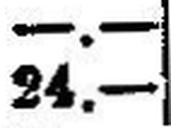
24.—